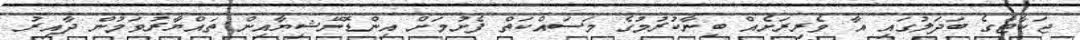
ޖަކާޓާގެ ބަދަލުގައި އާ ވެރިރަށެއް ބިނާކުރުމުގެ މަސައްކަތް ފެށުމަށް އިންޑޮނޭޝިޔާއިން ތައްޔާރުވަމުން ދާއިރު